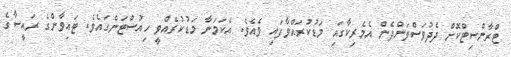
ޓްރާންސިޓްކޮށް ދެދުވަސްވަންދެން އެމެރިކާގައި މަޑުކުރައްވާފައި ވެއެވެ. އެކަމަނާ މަޑުކުރެއްވީ ހިއުސްޓަންގައެވެ. ޓައިވާންގެ ރައީސާގެ